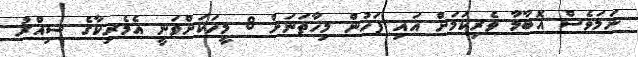
ނަމަވެސް އޮބާމާ ވެރިކަމަށް އައި ފަހުން މިހާތަނަށް 8 މީހަކަށްވަނީ އެމެރިކާގެ ސިއްރު